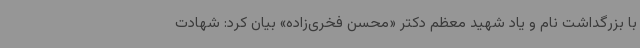
با بزرگداشت نام و یاد شهید معظم دکتر «محسن فخری‌زاده» بیان کرد: شهادت